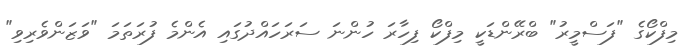
މިފްކޯގެ "ފަސްމީރު" ބްރޭންޑަކީ މިފްކޯ ފިހާރަ ހުންނަ ސަރަހައްދުގައި އެންމެ ފުރަތަމަ "ވަޒަންވެރިވި"